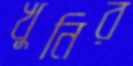
খুনির